Vaccination North-Western Provinces and Oudh 1878-1895 - 1878-1895
Year: 1878
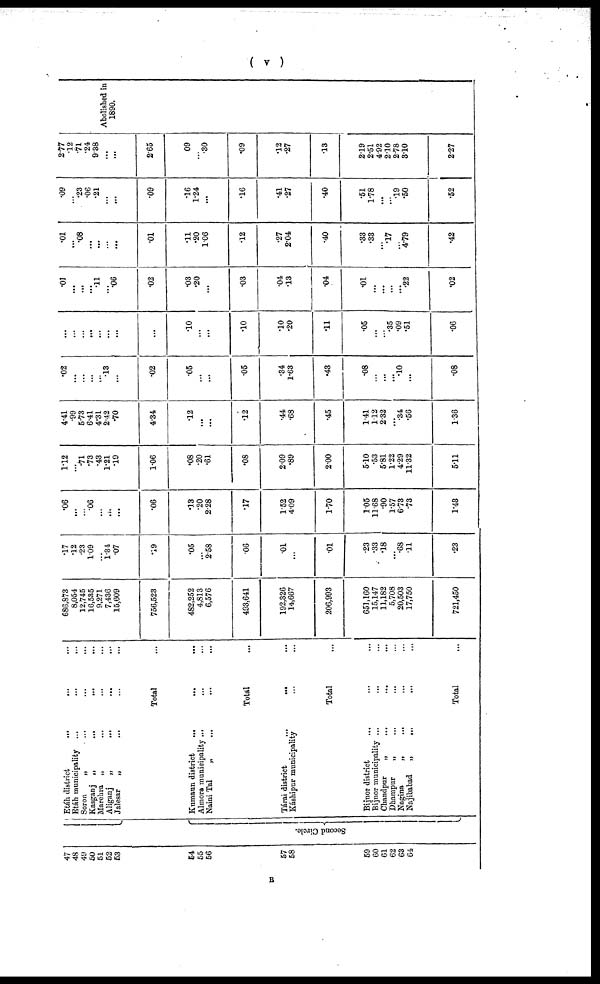
( v )
47
48
49
50
51
52
53
54
55
56
57
58
59
60
61
62
63
64
Second Circle.
Etáh district
...
...
...
Etáh municipality
...
...
...
Soron
„
...
...
...
Kasganj „
...
...
...
Marehra „
...
...
...
Aliganj
„
...
...
...
Jalesar
„
...
...
...
Total ...
Kumaun district ... ... ...
Almora municipality
...
...
...
Naini Tal ... ... ...
Total ... ... ...
Tárai district ... ... ...
Káshipur municipality
...
...
...
Total ...
Bijnor district ... ... ...
Bijnor municipality ... ... ...
Chandpur
„
...
...
...
Dhampur
„
...
...
...
Nagina
„
...
...
...
Najibabad
„
...
...
...
Total ...
686,873
8,054
12,745
16,535
9,271
7,436
15,609
756,523
482,252
4,813
6,576
493,641
192,326
14,667
206,993
651,160
15,147
11,182
5,708
20,503
17,750
721,450
.17
.12
.23
1.09
...
1.34
.07
.19
.05
...
2.58
.06
.01
...
.01
.23
.33
.18
...
.68
.11
.23
.06
...
...
.06
...
...
...
.06
.13
.20
2.28
.17
1.52
4.09
1.70
1.05
11.68
.90
1.57
6.73
.73
1.43
1.12
...
.71
.73
.43
1.21
.19
1.06
.08
.20
.61
.08
2.09
.89
2.00
5.10
.53
5.81
1.22
4.29
11.32
5.11
4.41
.99
5.73
6.41
4.31
2.42
.70
4.34
.12
...
...
.12
.44
.68
.45
1.41
1.12
2.32
...
.34
.56
1.36
.02
...
...
...
...
.13
...
.02
.05
...
...
.05
.34
1.63
.43
.08
...
...
...
.10
...
.08
...
...
...
...
...
...
...
...
.10
...
...
.10
.10
.20
.11
.05
...
...
.35
.09
.51
.06
.01
...
...
...
.11
...
.06
.02
.03
.20
...
.03
.04
.13
.04
.01
...
...
...
...
.22
.02
.01
...
.08
...
...
...
...
.01
.11
.20
1.06
.12
.27
2.04
.40
.33
.33
...
.17
...
4.79
.42
.09
...
.23
.06
.21
...
...
.09
.16
1.24
...
.16
.41
.27
.40
.51
1.78
...
...
.19
.50
.52
2.77
.12
.71
.24
9.38
...
...
2.65
.09
...
.30
.09
.12
.27
.13
2.19
2.51
4.92
2.10
2.78
3.10
2.27
Abolished in
1890.
B